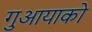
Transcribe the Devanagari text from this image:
गुआयाको